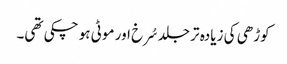
کوڑھی کی زیادہ تر جلد سُرخ اور موٹی ہو چکی تھی۔